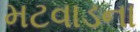
મટવાડના